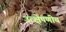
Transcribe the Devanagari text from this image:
उत्क्षेपणीय